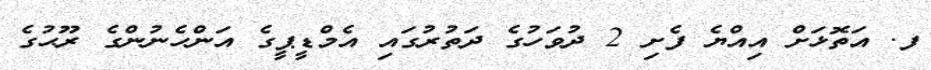
ފ. އަތޮޅަށް އިއްޔެ ފެށި 2 ދުވަހުގެ ދަތުރުގައި އެމްޑީޕީގެ އަންހެނުންގެ ރޫޙުގެ